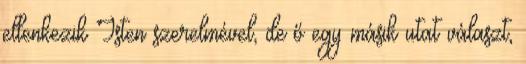
ellenkezik Isten szerelmével, de ő egy másik utat választ,